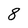
Character: 8